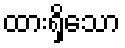
ထားရှိသော